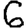
Digit: 6